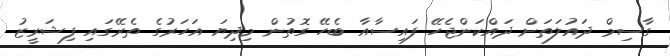
ގާސިމް ދައުލަތަށް ދައްކަންޖެހޭ ފައިސާއާ ބެހޭ ގޮތުން މިދިޔަ އަހަރުގެ ތެރޭގައި ފިޝަރީޒު